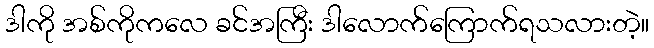
ဒါကို အစ်ကိုကလေ ခင်အကြီး ဒါလောက်ကြောက်ရသလားတဲ့။